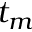
t _ { m }